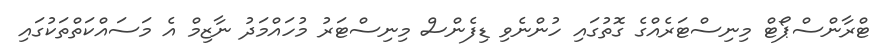
ޓްރާންސްޕޯޓް މިނިސްޓަރެއްގެ ގޮތުގައި ހުންނެވި ޑިފެންސް މިނިސްޓަރު މުހައްމަދު ނާޒިމް އެ މަސައްކަތްތަކުގައި